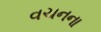
વચનના